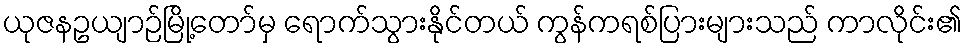
ယုဇနဥယျာဉ်မြို့တော်မှ ရောက်သွားနိုင်တယ် ကွန်ကရစ်ပြားများသည် ကာလိုင်း၏